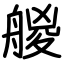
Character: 艐